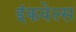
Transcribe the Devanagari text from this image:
इंकवेल्स